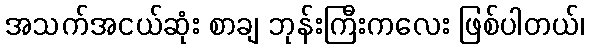
အသက်အငယ်ဆုံး စာချ ဘုန်းကြီးကလေး ဖြစ်ပါတယ်၊